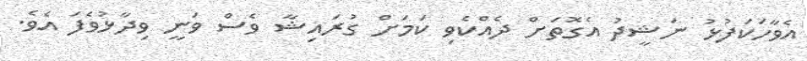
އެވާހަކަފުޅު ނަޝީދު އެގޮތަށް ދެއްކެވި ކަމަށް ގުރައިޝާ ވެސް ވަނީ ވިދާޅުވެފަ އެވެ.